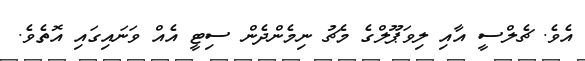
އެވެ. ޗެލްސީ އާއި ލިވަޕޫލްގެ މެޗު ނިމެންދެން ސިޓީ އެއް ވަނައިގައި އޮތެވެ.